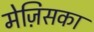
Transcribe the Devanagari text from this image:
मेज़िसका